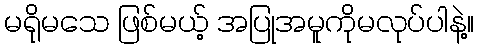
မရိုမသေ ဖြစ်မယ့် အပြုအမူကိုမလုပ်ပါနဲ့။